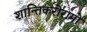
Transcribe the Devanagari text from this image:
शान्तिकरोरामो